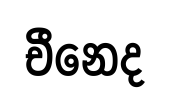
චීනෙද